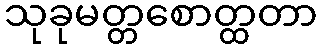
သုခုမတ္တစောတ္ထတာ